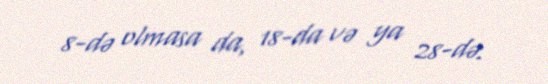
8-də olmasa da, 18-da və ya 28-də.